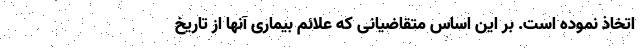
اتخاذ نموده است. بر این اساس متقاضیانی که علائم بیماری آنها از تاریخ